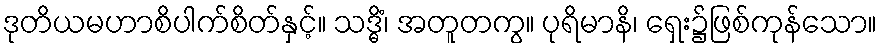
ဒုတိယမဟာစိပါက်စိတ်နှင့်။ သဒ္ဓိံ၊ အတူတကွ။ ပုရိမာနိ၊ ရှေး၌ဖြစ်ကုန်သော။